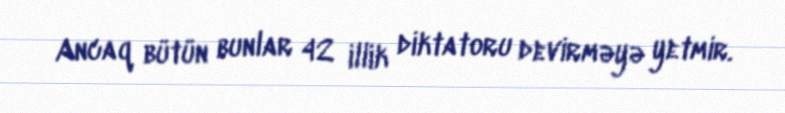
Ancaq bütün bunlar 42 illik diktatoru devirməyə yetmir.